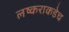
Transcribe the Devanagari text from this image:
लष्कराकडेच